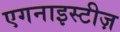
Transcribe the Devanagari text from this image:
एगनाइस्टीज़